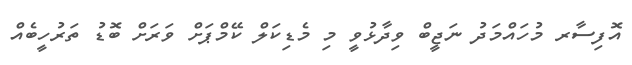
އޮފިސާރ މުހައްމަދު ނަޖީބް ވިދާޅުވީ މި މެޑިކަލް ކޭމްޕަށް ވަރަށް ބޮޑު ތަރުހީބެއް